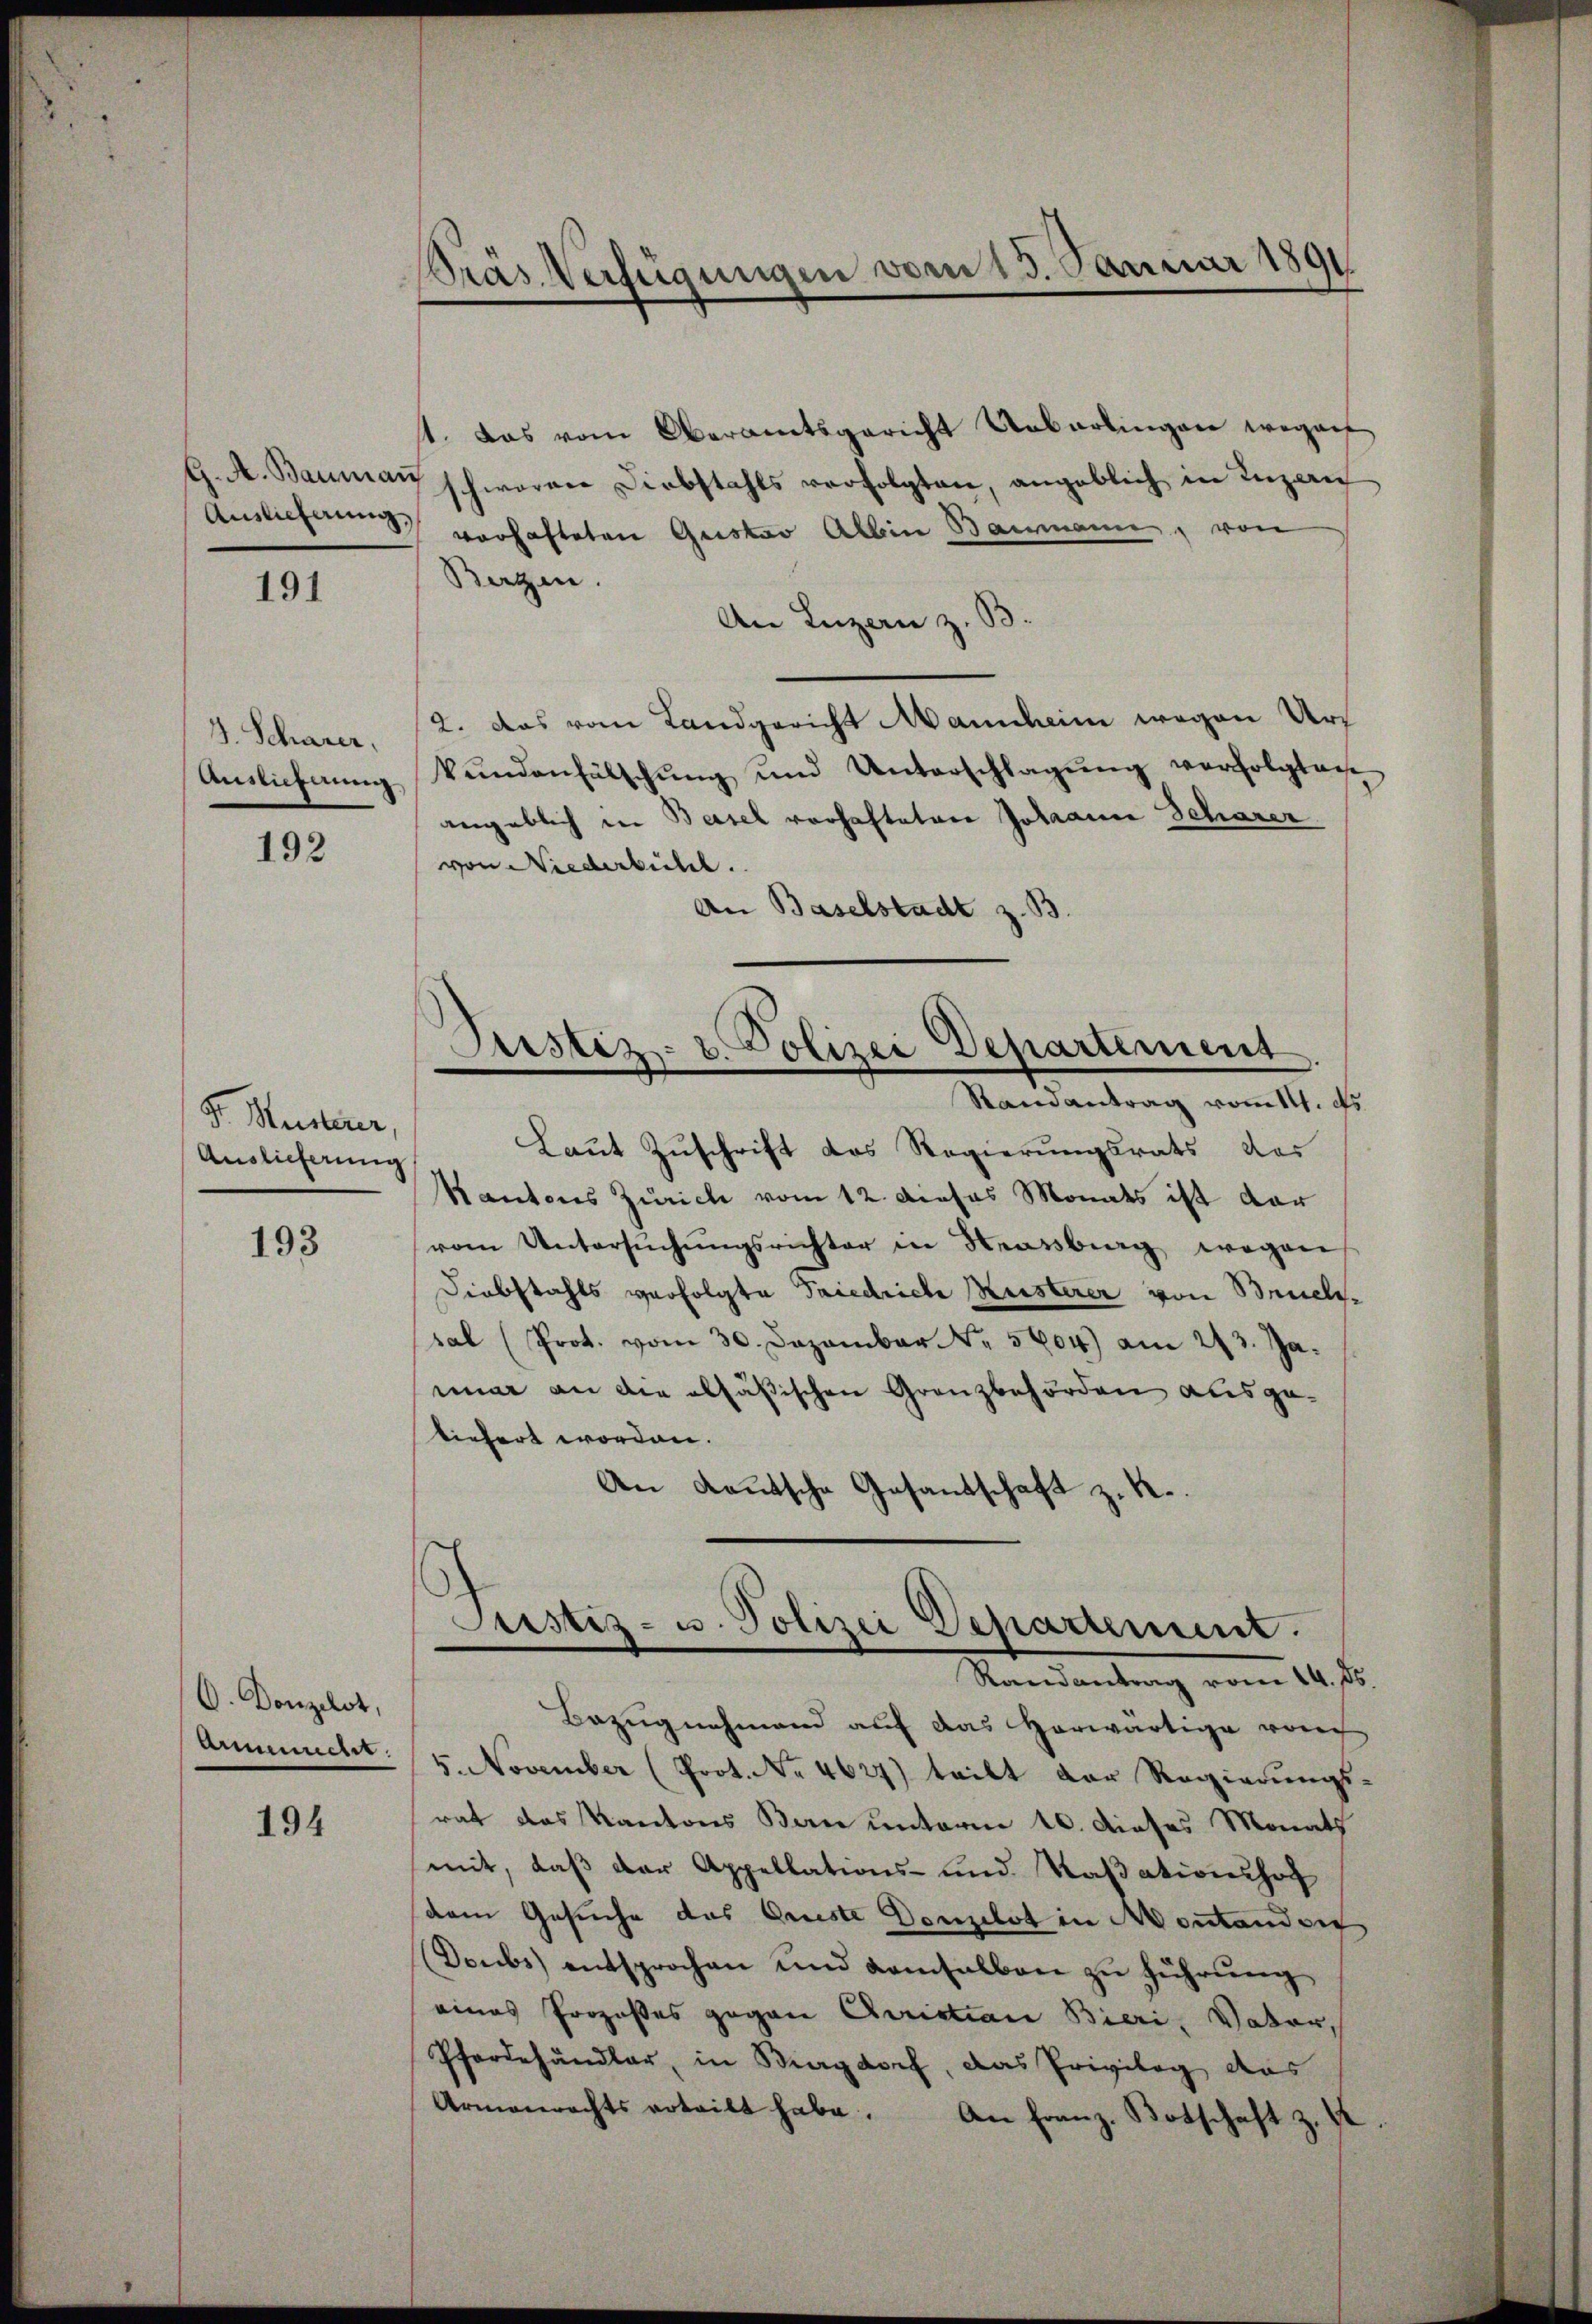
Auslieferung,

191

J. Scharer,

192

F. Meisterer,
Auslieferung

193

O. Donzilot,
Annemacht.

194

Kräs Verfügungen vom 15. Januar 1891

st. Das vom Oberamtsgericht Urbarlingen wegent
G. A. Bauma schweren Diebstahls verfolgten, angeblich in Luzern
vorhafteten Gustav Albin Baername, von
Berzen.
An Luzern z. B.
2. das vom Landgericht Mannheim wegen Urs
Anslichnung kundenfälschung und Unterschlagung verfolgteihe
angeblich in Basel vorhafteten Johann Scharer
von Niederbühel.
An Baselstadt z. B.
Justiz- & Polizei Departement
Randantrag vom 14. ds.
Laut Zuschrift des Regierungsrats das
Kantons Zürich vom 12. Dieses Monats ist dar
vom Untersŭchŭngsrichter in Strassberg wegen
Diebstahls verfolgte Friedriche Musterer von Bruel-
sal (Prot. vom 30. Dezember N. 5604) am 213. Ja.
nuar an die alsäßischen Granzbehörden ausgetiefert worden.
An Kautsche Gesandschaft z. R.

Justiz- u. Polizei Departement.
Randantrag vom 14. ds.

Bezugnahmend auf das Horwärtige vom
5. November (Prot. No 4627) teilt der Regierungs-
rat das Kantons Bern unterm 10. dieses Monath
mit, daß der Appellations- und Kaßationshof
dem Gesuche das Arreste Denzelst in Montander
Doubs entsprochen und damsalben zŭ führŭng
eines Prozeßes gegen Christian Bieri, Vater,
Pferdehändler, in Biegdorf, das Privileg das
Armenrechts erteilt habe. An Franz-Botschaft z. B.